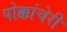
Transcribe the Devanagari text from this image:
पोक्कांचेरी